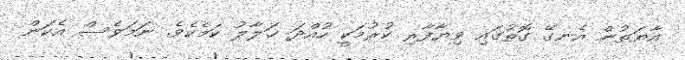
އާޔަތުން އެނގޭ ގޮތުގައި ވިޔާފާރި ކުރުމަކީ ހުއްދަ ޙަލާލު ކަމެކެވެ. ނަމަވެސް އެކަން